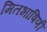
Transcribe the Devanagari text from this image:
मितभाषिणी